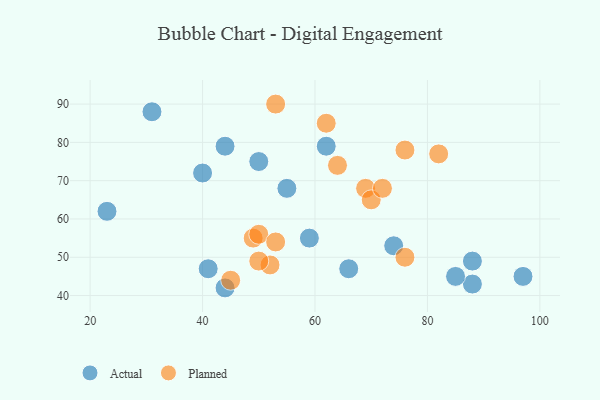
{"axis": {"x": "GDP", "y": "Life Expectancy"}, "legend": ["Actual", "Planned"], "data": [{"x": "44", "y": 79, "type": "Actual"}, {"x": "88", "y": 43, "type": "Actual"}, {"x": "40", "y": 72, "type": "Actual"}, {"x": "88", "y": 49, "type": "Actual"}, {"x": "55", "y": 68, "type": "Actual"}, {"x": "85", "y": 45, "type": "Actual"}, {"x": "59", "y": 55, "type": "Actual"}, {"x": "44", "y": 42, "type": "Actual"}, {"x": "23", "y": 62, "type": "Actual"}, {"x": "97", "y": 45, "type": "Actual"}, {"x": "74", "y": 53, "type": "Actual"}, {"x": "50", "y": 75, "type": "Actual"}, {"x": "41", "y": 47, "type": "Actual"}, {"x": "31", "y": 88, "type": "Actual"}, {"x": "62", "y": 79, "type": "Actual"}, {"x": "66", "y": 47, "type": "Actual"}, {"x": "76", "y": 50, "type": "Planned"}, {"x": "49", "y": 55, "type": "Planned"}, {"x": "62", "y": 85, "type": "Planned"}, {"x": "50", "y": 56, "type": "Planned"}, {"x": "69", "y": 68, "type": "Planned"}, {"x": "64", "y": 74, "type": "Planned"}, {"x": "70", "y": 65, "type": "Planned"}, {"x": "52", "y": 48, "type": "Planned"}, {"x": "82", "y": 77, "type": "Planned"}, {"x": "50", "y": 49, "type": "Planned"}, {"x": "45", "y": 44, "type": "Planned"}, {"x": "76", "y": 78, "type": "Planned"}, {"x": "53", "y": 90, "type": "Planned"}, {"x": "53", "y": 54, "type": "Planned"}, {"x": "72", "y": 68, "type": "Planned"}]}